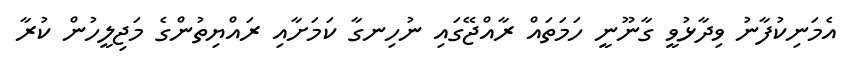
އެމަނިކުފާނު ވިދާޅުވީ ގާނޫނީ ހަމަތައް ރާއްޖޭގައި ނުހިނގާ ކަމަށާއި ރައްޔިތުންގެ މަޖިލީހުން ކުރާ